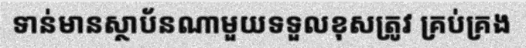
ទាន់មានស្ថាប័នណាមួយទទួលខុសត្រូវ គ្រប់គ្រង